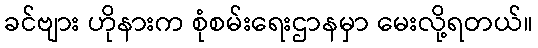
ခင်ဗျား ဟိုနားက စုံစမ်းရေးဌာနမှာ မေးလို့ရတယ်။